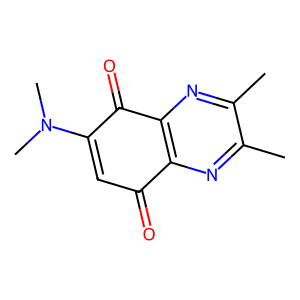
SMILES: Cc1nc2c(nc1C)C(=O)C(N(C)C)=CC2=O
Inhibits HIV replication: No